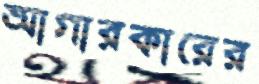
আগারকারের